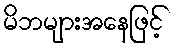
မိဘများအနေဖြင့်